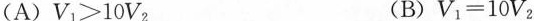
( A ) $$V _ { 1 } > 1 0 V _ { 2 }$$ ( B ) $$V _ { 1 } = 1 0 V _ { 2 }$$